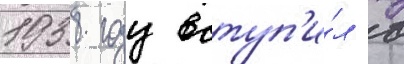
1938 году вступ'и́л в